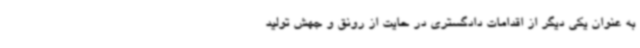
به عنوان یکی دیگر از اقدامات دادگستری در حایت از رونق و جهش تولید